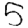
Digit: 5